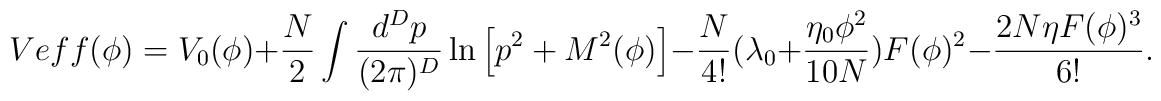
Veff(\phi)=V_0(\phi)+\frac{N}{2}\int \frac{d^Dp}{(2\pi)^D} \ln \left [p^2+M^2(\phi) \right ]  -\frac{N}{4!}(\lambda_0+\frac{\eta_0 \phi^2}{10N}) F(\phi)^2-\frac{2N\eta F(\phi)^3}{6!} .